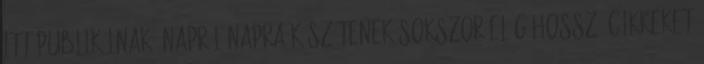
itt publikálnak, napról napra készí­tenek sokszor elég hosszú cikkeket